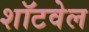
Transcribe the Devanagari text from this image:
शॉटवेल